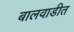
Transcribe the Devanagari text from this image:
बालवाडीत